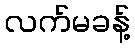
လက်မခန့်